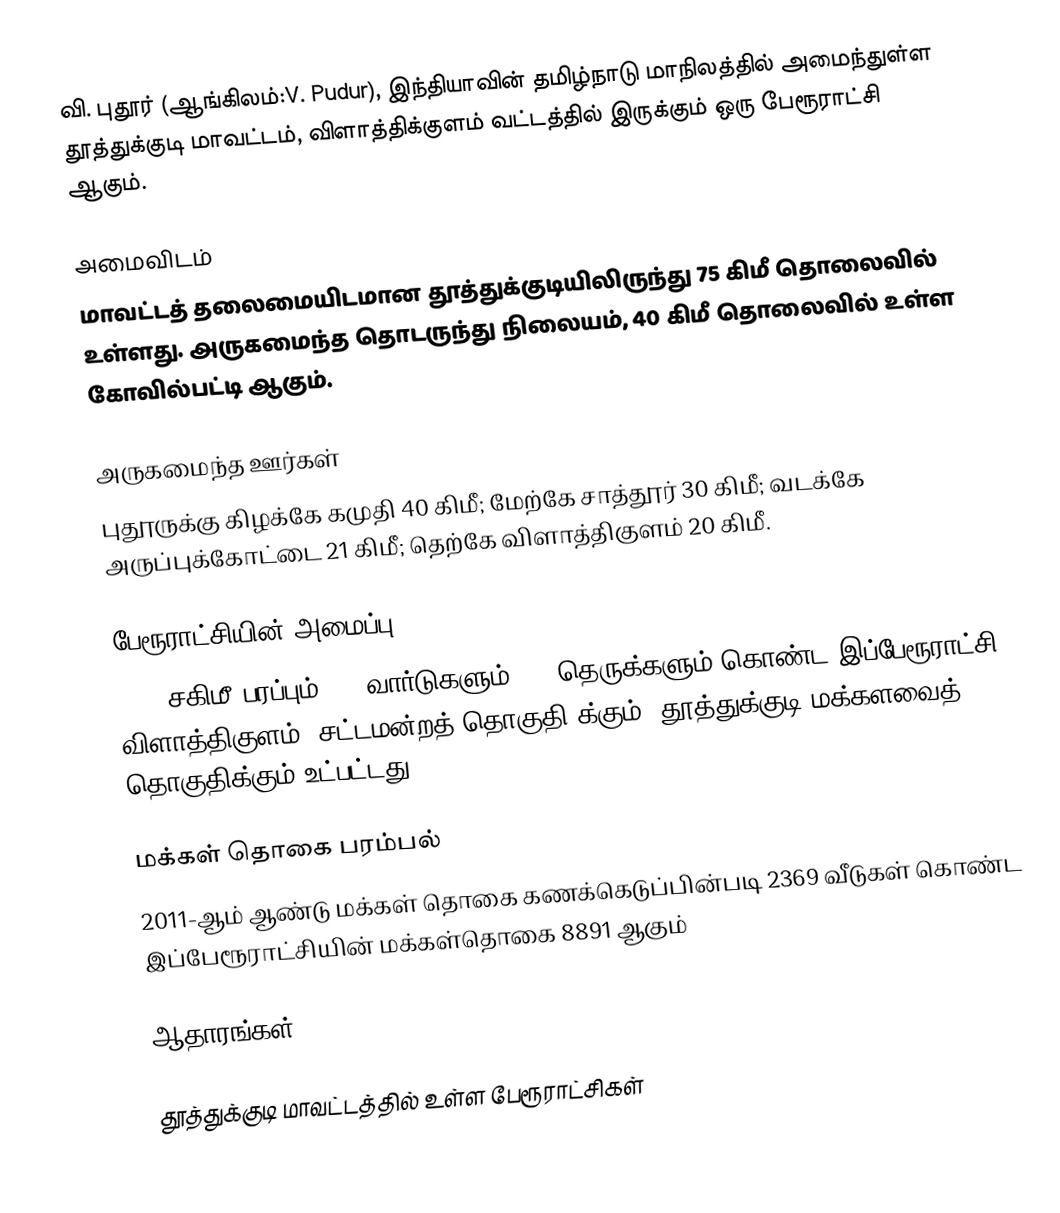
வி. புதூர் (ஆங்கிலம்:V. Pudur), இந்தியாவின் தமிழ்நாடு மாநிலத்தில் அமைந்துள்ள தூத்துக்குடி மாவட்டம், விளாத்திக்குளம் வட்டத்தில் இருக்கும் ஒரு பேரூராட்சி ஆகும்.

அமைவிடம்
மாவட்டத் தலைமையிடமான தூத்துக்குடியிலிருந்து 75 கிமீ தொலைவில் உள்ளது. அருகமைந்த தொடருந்து நிலையம், 40 கிமீ தொலைவில் உள்ள கோவில்பட்டி ஆகும்.

அருகமைந்த ஊர்கள்
புதூருக்கு கிழக்கே கமுதி 40 கிமீ; மேற்கே சாத்தூர் 30 கிமீ; வடக்கே அருப்புக்கோட்டை 21 கிமீ; தெற்கே விளாத்திகுளம் 20 கிமீ.

பேரூராட்சியின் அமைப்பு
23.5 சகிமீ பரப்பும், 15 வார்டுகளும், 84 தெருக்களும் கொண்ட இப்பேரூராட்சி  விளாத்திகுளம் (சட்டமன்றத் தொகுதி)க்கும், தூத்துக்குடி மக்களவைத் தொகுதிக்கும் உட்பட்டது.

மக்கள் தொகை பரம்பல்
2011-ஆம் ஆண்டு மக்கள் தொகை கணக்கெடுப்பின்படி 2369 வீடுகள் கொண்ட இப்பேரூராட்சியின் மக்கள்தொகை 8891  ஆகும்

ஆதாரங்கள்

தூத்துக்குடி மாவட்டத்தில் உள்ள பேரூராட்சிகள்